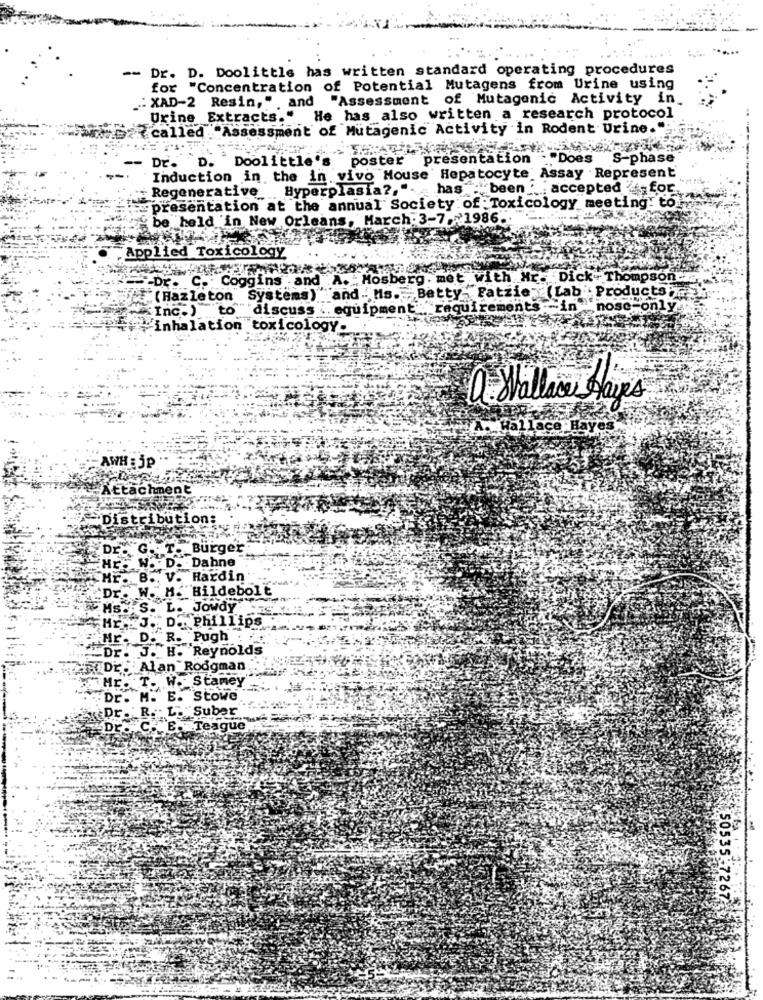
-- Dr. D. Doolittle has written standard operating procedures
for "Concentration of Potential Mutagens from Urine using
"Assessment of Mutagenic Activity in_
.: XAD-2 Resin," , and
Urine Extracts." He has also written a research protocol
called "Assessment of Mutagenic Activity in Rodent Urine.":
Doolittle's
poster presentation ... Does
S-phase
Dr.
D.
Induction in the in vivo Mouse Hepatocyte Assay . Represent
Regenerative Hyperplasia ?, "- has : been
...: accepted for
presentation at the annual Society of Toxicology meeting! to.
be held in New Orleans, March: 3-7. 1986 ..
Applied Toxicology
-Dr. C. Coggins .and A. Mosberg. met with Hr. Dick- Thompson
(Hazleton Systems) "and. Mis. Betty- Fatzie (Lab Products
Inc.)
to discuss .. equipment :"requ
ments -in
nosc-only
inhalation toxicology-
a Wallace Hays
A. Wallace Hayes
AWH : JP
-Attachment
Distribution:
Dr. G.
Burger
Dahne
Hardin
Hildebolt
HS.
Phillips
Mr.
"Pugh
.Dr.
Reynolds
Roogman.
W.Stamey
Dr.
E. Stowe
R. L
"Suber
Dr.
C. E.
Bague
--
50535.7267-55